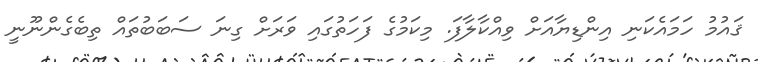
ޤައުމު ހަމައެކަނި އިންޑިޔާއަށް ވިއްކާލާފަ. މިކަމުގެ ފަހަތުގައި ވަރަށް ގިނަ ސަބަބުތައް ތިބެގެންނޫނީ